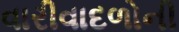
વારીવાદળોની